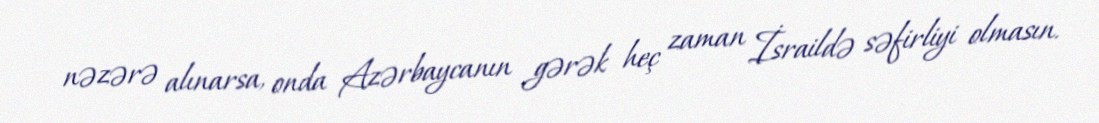
nəzərə alınarsa, onda Azərbaycanın gərək heç zaman İsraildə səfirliyi olmasın.